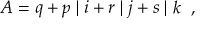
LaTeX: { \cal A } = q + p \; \vert \; i + r \; \vert \; j + s \; \vert \; k \; \; ,